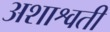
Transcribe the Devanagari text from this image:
अशाश्वती